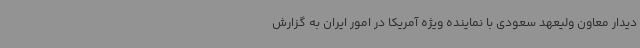
دیدار معاون ولیعهد سعودی با نماینده ویژه آمریکا در امور ایران به گزارش